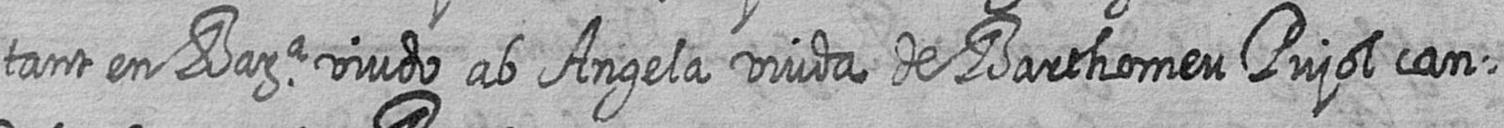
tant en Bara viudo ab Angela viuda de Barthomeu Pujol can=